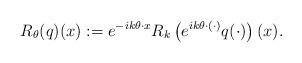
LaTeX: \begin{align*} R_\theta(q)(x) := e^{-ik\theta \cdot x}R_k \left( e^{ik\theta\cdot(\cdot)} q(\cdot)\right )(x).\end{align*}